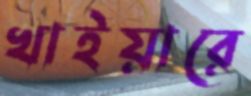
খাইয়ারে